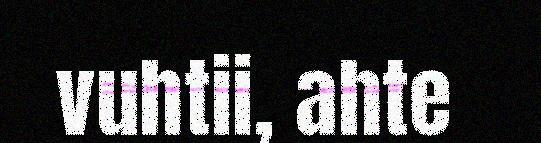
vuhtii, ahte